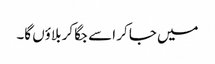
میں جا کر اسے جگا کر بلاؤں گا۔